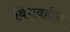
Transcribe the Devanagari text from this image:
विभवहीन